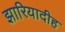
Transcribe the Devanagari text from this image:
झारियादीह